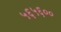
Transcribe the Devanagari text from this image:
५६५६००